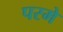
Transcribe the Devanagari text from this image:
परमे